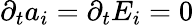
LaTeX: \partial_{t}a_{i}=\partial_{t}E_{i}=0